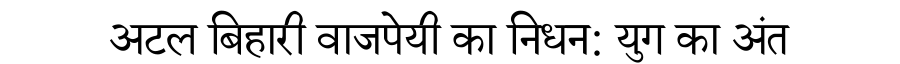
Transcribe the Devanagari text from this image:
अटल बिहारी वाजपेयी का निधन: युग का अंत